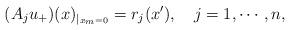
LaTeX: \begin{align*}(A_ju_+)(x)_{|_{x_m=0}}=r_j(x'),~~~j=1,\cdots,n,\end{align*}